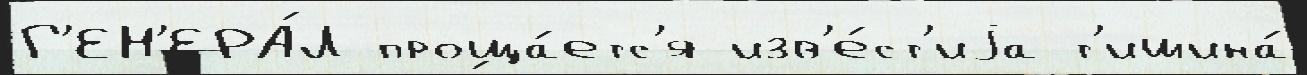
Г'ЕН'ЕРА́Л проща́етс'я изв'е́ст'иjа т'ишина́